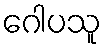
ဂေါပသူ